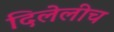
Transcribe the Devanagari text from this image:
दिलेलीच